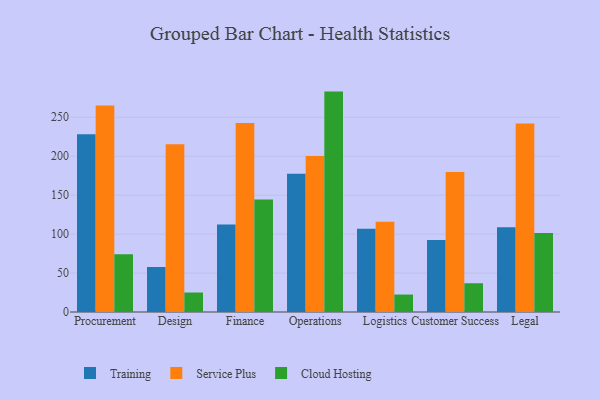
{"axis": {"x": "Department", "y": "Production Output"}, "legend": ["Cloud Hosting", "Service Plus", "Training"], "data": [{"x": "Procurement", "y": 228.0, "type": "Training"}, {"x": "Procurement", "y": 265.2, "type": "Service Plus"}, {"x": "Procurement", "y": 74.1, "type": "Cloud Hosting"}, {"x": "Design", "y": 57.8, "type": "Training"}, {"x": "Design", "y": 215.2, "type": "Service Plus"}, {"x": "Design", "y": 25.0, "type": "Cloud Hosting"}, {"x": "Finance", "y": 112.3, "type": "Training"}, {"x": "Finance", "y": 242.5, "type": "Service Plus"}, {"x": "Finance", "y": 144.3, "type": "Cloud Hosting"}, {"x": "Operations", "y": 177.6, "type": "Training"}, {"x": "Operations", "y": 200.2, "type": "Service Plus"}, {"x": "Operations", "y": 282.9, "type": "Cloud Hosting"}, {"x": "Logistics", "y": 106.7, "type": "Training"}, {"x": "Logistics", "y": 115.9, "type": "Service Plus"}, {"x": "Logistics", "y": 22.4, "type": "Cloud Hosting"}, {"x": "Customer Success", "y": 92.3, "type": "Training"}, {"x": "Customer Success", "y": 179.7, "type": "Service Plus"}, {"x": "Customer Success", "y": 36.9, "type": "Cloud Hosting"}, {"x": "Legal", "y": 108.9, "type": "Training"}, {"x": "Legal", "y": 242.1, "type": "Service Plus"}, {"x": "Legal", "y": 101.3, "type": "Cloud Hosting"}]}